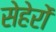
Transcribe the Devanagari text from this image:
सेहेरों